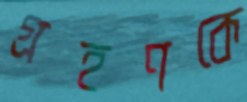
গ্রহণকে